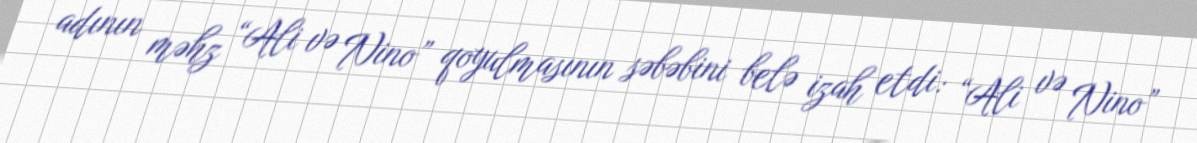
adının məhz “Ali və Nino” qoyulmasının səbəbini belə izah etdi: “Ali və Nino”